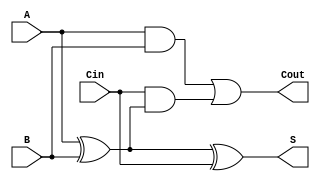
module RippleCarryFullAdder (
    input wire A,         // First binary input
    input wire B,         // Second binary input
    input wire Cin,       // Carry-in input
    output wire S,        // Sum output
    output wire Cout      // Carry-out output
);

// Intermediate signals
wire A_xor_B;          // Intermediate sum (A  B)

// Compute the intermediate sum
assign A_xor_B = A ^ B; // A XOR B

// Compute the final sum
assign S = A_xor_B ^ Cin; // (A  B)  Cin

// Compute the carry-out
assign Cout = (A & B) | (Cin & A_xor_B); // (A  B) + (Cin  (A  B))

endmodule